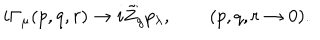
i \Gamma _ { \mu } ( p , q , r ) \to i \tilde { Z } _ { g } p _ { \lambda } , \qquad ( p , q , r \to 0 ) .